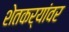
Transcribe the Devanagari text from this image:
शेतकर्‍यांवर